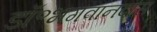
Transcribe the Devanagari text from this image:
डॉ॰भगवानदास